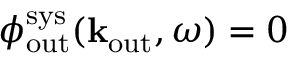
\phi _ { \mathrm { o u t } } ^ { \mathrm { s y s } } ( { \bf k } _ { \mathrm { o u t } } , \omega ) = 0